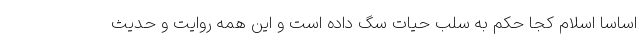
اساساً اسلام کجا حکم به سلب حیات سگ داده است و این همه روایت و حدیث